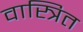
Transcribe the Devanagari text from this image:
वास्त्रित